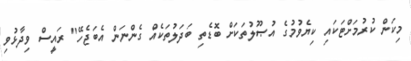
މިކަން ކުރުމަށްޓަކައި ކިޔެވުމުގެ އުޞޫލުތަކަށް ބޮޑެތި ބަދަލުތަކެއް ގެންނަން އެބަޖެހޭ" ރައީސް ވިދާޅުވި